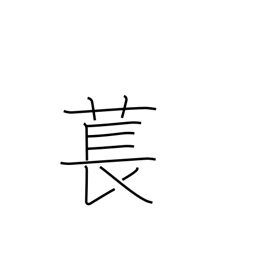
Meaning: type of plant